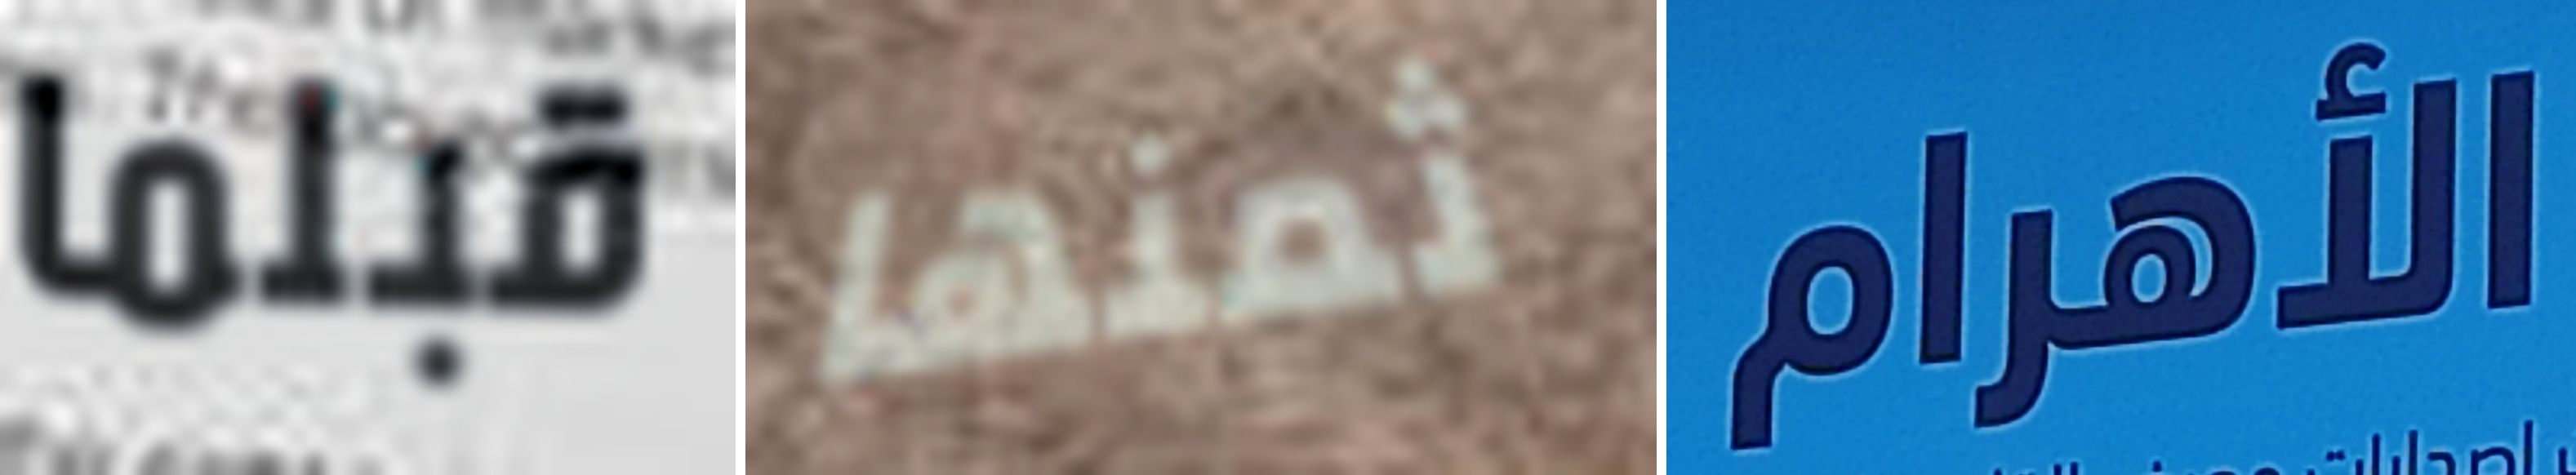
قبلما ثمنها الأهرام